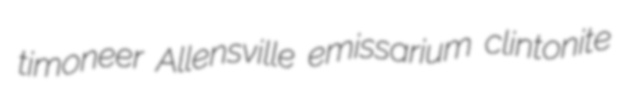
timoneer Allensville emissarium clintonite